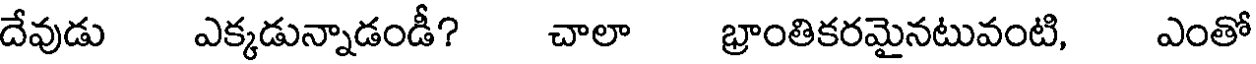
దేవుడు ఎక్కడున్నాడండీ? చాలా భ్రాంతికరమైనటువంటి, ఎంతో